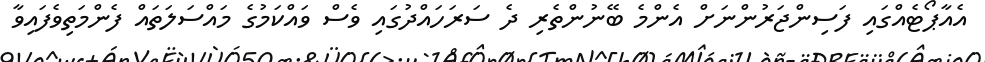
އެއާޕޯޓެއްގައި ފަސިންޖަރުންނަށް އެންމެ ބޭނުންތެރި ދެ ސަރަހައްދުގައި ވެސް ވައްކަމުގެ މައްސަލަތައް ފެންމަތިވެފައިވާ